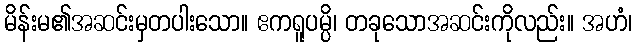
မိန်းမ၏အဆင်းမှတပါးသော။ ဧကရူပမ္ပိ၊ တခုသောအဆင်းကိုလည်း။ အဟံ၊